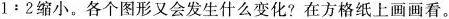
1:2缩小。各个图形又会发生什么变化?在方格纸上画画看。